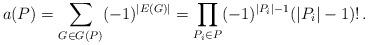
LaTeX: \begin{align*}a(P)=\sum_{G\in G(P)} (-1)^{|E(G)|}=\prod_{P_i \in P} (-1)^{|P_i|-1}(|P_i|-1)!\,.\end{align*}